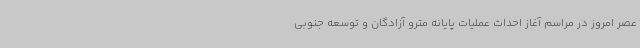
عصر امروز در مراسم آغاز احداث عملیات پایانه مترو آزادگان و توسعه جنوبی